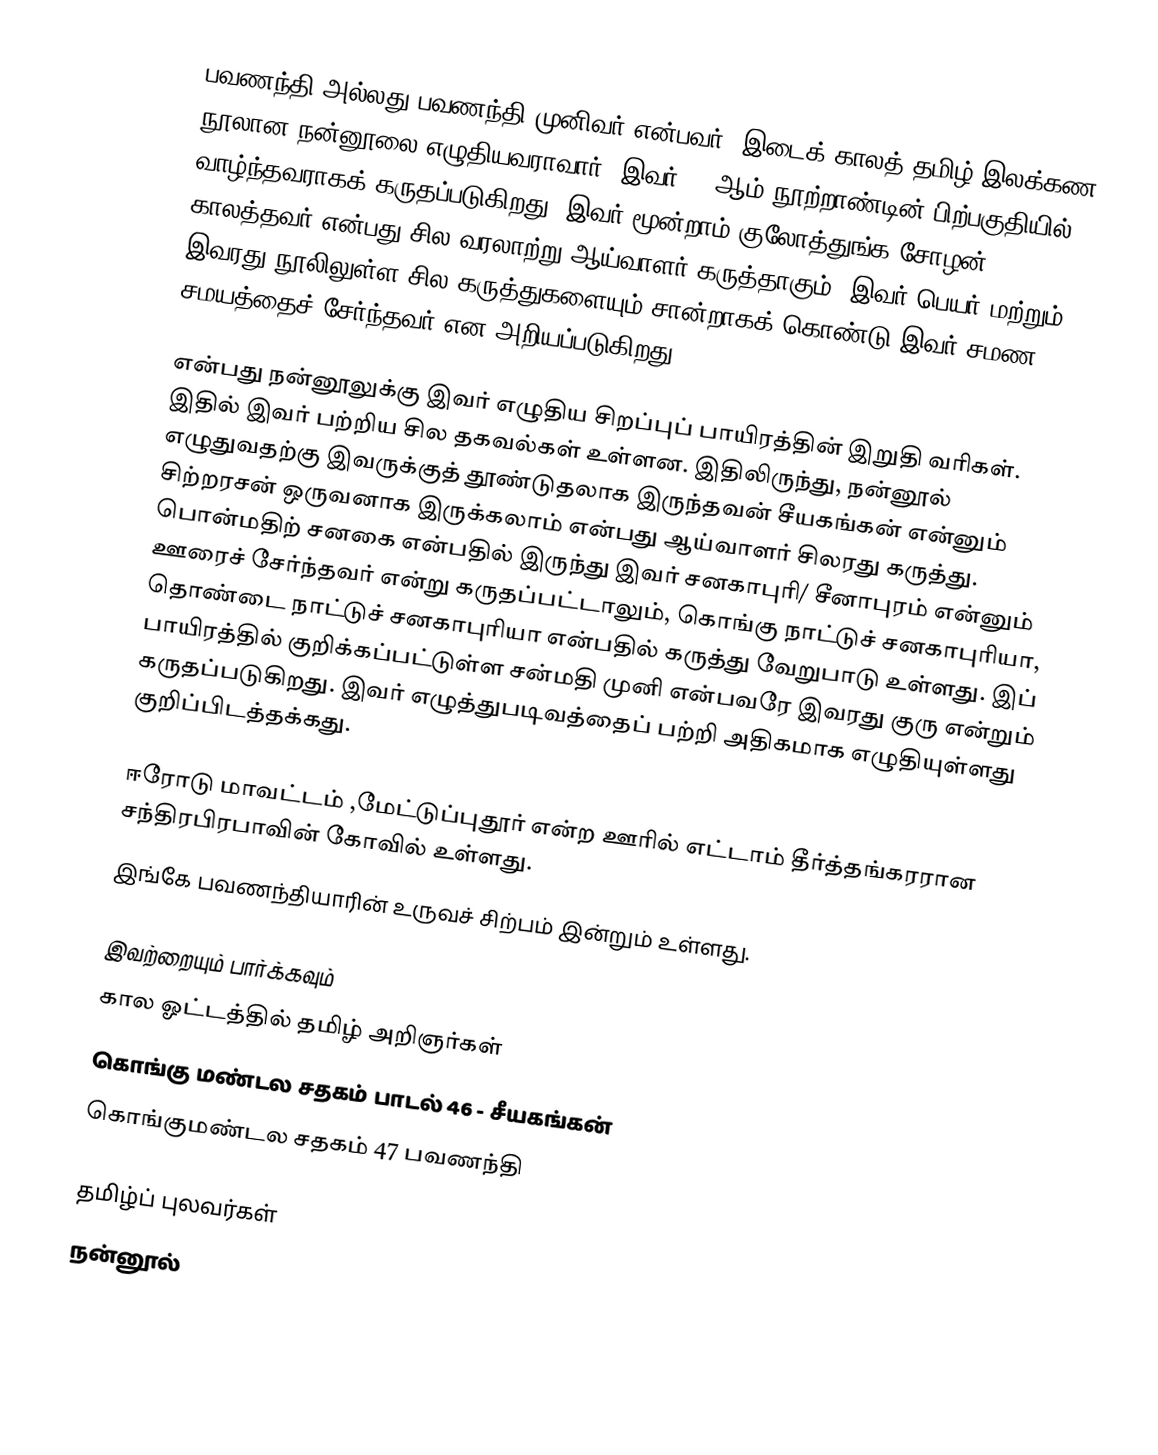
பவணந்தி அல்லது பவணந்தி முனிவர் என்பவர், இடைக் காலத் தமிழ் இலக்கண நூலான நன்னூலை எழுதியவராவார். இவர் 12 ஆம் நூற்றாண்டின் பிற்பகுதியில் வாழ்ந்தவராகக் கருதப்படுகிறது. இவர் மூன்றாம் குலோத்துங்க சோழன் காலத்தவர் என்பது சில வரலாற்று ஆய்வாளர் கருத்தாகும். இவர் பெயர் மற்றும் இவரது நூலிலுள்ள சில கருத்துகளையும் சான்றாகக் கொண்டு இவர் சமண சமயத்தைச் சேர்ந்தவர் என அறியப்படுகிறது.

என்பது நன்னூலுக்கு இவர் எழுதிய சிறப்புப் பாயிரத்தின் இறுதி வரிகள். இதில் இவர் பற்றிய சில தகவல்கள் உள்ளன. இதிலிருந்து, நன்னூல் எழுதுவதற்கு இவருக்குத் தூண்டுதலாக இருந்தவன் சீயகங்கன் என்னும் சிற்றரசன் ஒருவனாக இருக்கலாம் என்பது ஆய்வாளர் சிலரது கருத்து. பொன்மதிற் சனகை என்பதில் இருந்து இவர் சனகாபுரி/ சீனாபுரம் என்னும் ஊரைச் சேர்ந்தவர் என்று கருதப்பட்டாலும், கொங்கு நாட்டுச் சனகாபுரியா, தொண்டை நாட்டுச் சனகாபுரியா என்பதில் கருத்து வேறுபாடு உள்ளது. இப் பாயிரத்தில் குறிக்கப்பட்டுள்ள சன்மதி முனி என்பவரே இவரது குரு என்றும் கருதப்படுகிறது. இவர் எழுத்துபடிவத்தைப் பற்றி அதிகமாக எழுதியுள்ளது குறிப்பிடத்தக்கது.

ஈரோடு மாவட்டம் ,மேட்டுப்புதூர் என்ற ஊரில் எட்டாம் தீர்த்தங்கரரான சந்திரபிரபாவின் கோவில் உள்ளது.
இங்கே பவணந்தியாரின் உருவச் சிற்பம் இன்றும் உள்ளது.

இவற்றையும் பார்க்கவும்
 கால ஓட்டத்தில் தமிழ் அறிஞர்கள்
 கொங்கு மண்டல சதகம் பாடல் 46 - சீயகங்கன்
 கொங்குமண்டல சதகம் 47 பவணந்தி

தமிழ்ப் புலவர்கள்
நன்னூல்